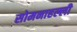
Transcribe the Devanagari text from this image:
सोमनाहल्ली